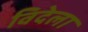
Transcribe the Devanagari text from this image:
विदेला